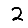
Digit: 2